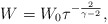
\begin{align*}W=W_0\tau^{-{2\over{\gamma-2}}},\end{align*}